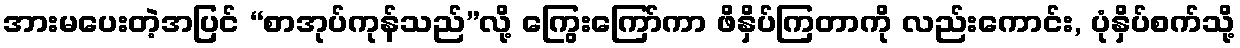
အားမပေးတဲ့အပြင် “စာအုပ်ကုန်သည်”လို့ ကြွေးကြော်ကာ ဖိနှိပ်ကြတာကို လည်းကောင်း, ပုံနှိပ်စက်သို့